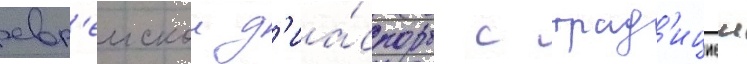
евр'еискои д'иа́споры с трад'ициеи